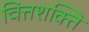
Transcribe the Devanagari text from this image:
चित्तशक्ति